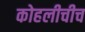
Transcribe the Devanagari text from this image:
कोहलीचीच